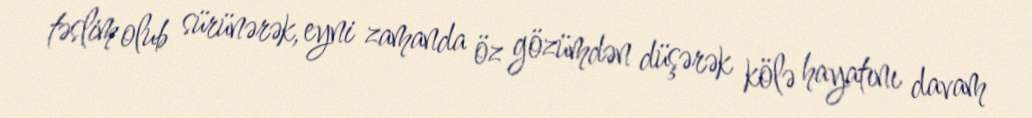
təslim olub sürünərək, eyni zamanda öz gözümdən düşərək kölə hayatını davam